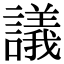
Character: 議